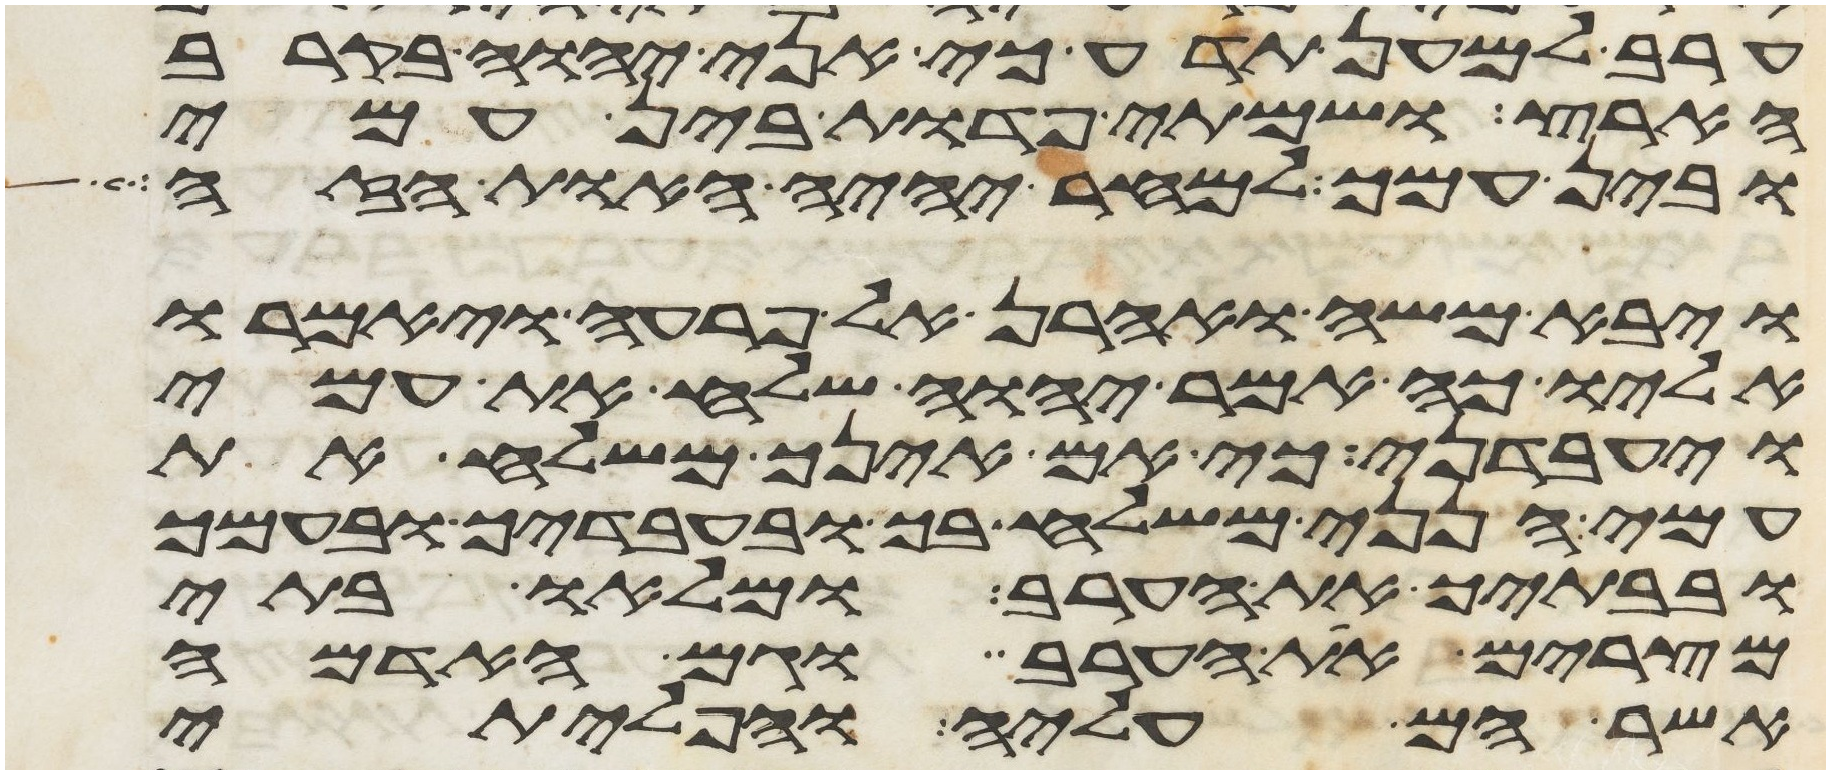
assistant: ערב למען תדע כי אני יהוה בקרב
הארץ ושמתי פדות בין עמי
ובין עמך למחר יהיה האות הזה
ויבא משה ואהרן אל פרעה ויאמרו
אליו כה אמר יהוה שלח את עמי
ויעבדני כי אם אינך משלח את
עמי הנני משלח בך ובעבדיך ובעמך
ובבתיך את הערב ומלאו בתי
מצרים את הערב וגם האדמה
אשר הם עליה והפליתי